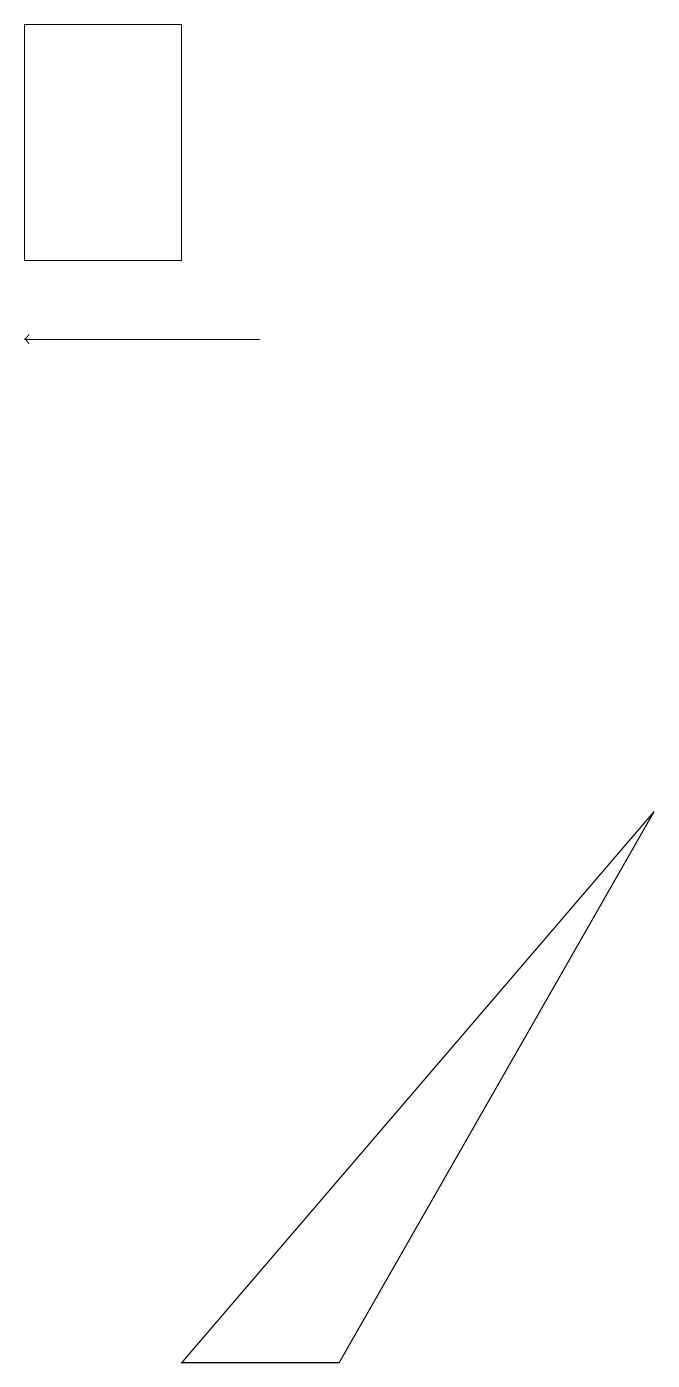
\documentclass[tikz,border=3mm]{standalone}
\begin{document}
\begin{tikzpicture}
\draw (3,17) rectangle (1,14);
\draw[->] (4,13) -- (1,13);
\draw (9,7) -- (5,0) -- (3,0) -- cycle;
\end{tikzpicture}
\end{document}